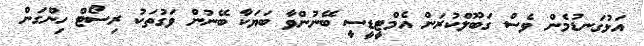
އަޅުގަނޑުމެން ވެސް ގަބޫލްކުރަން އެމްޓީޑީސީ ބޭނުންވާ ބަޔަކާ ބޭނުން ވަގުތަކު ރިސޯޓް ހިންގަން